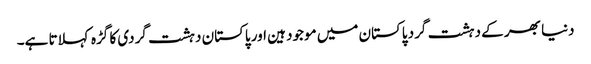
دنیا بھر کے دہشت گرد پاکستان میں موجود ہین اور پاکستان دہشت گردی کا گڑہ کہلاتا ہے۔